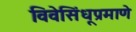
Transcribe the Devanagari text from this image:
विवेसिंधूप्रमाणे